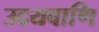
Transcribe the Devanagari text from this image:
उदयवाणि